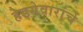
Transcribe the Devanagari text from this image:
हेडगेवारांचे